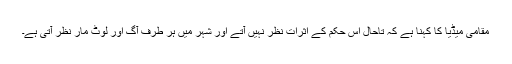
مقامی میڈیا کا کہنا ہے کہ تاحال اس حکم کے اثرات نظر نہیں آتے اور شہر میں ہر طرف آگ اور لوٹ مار نظر آتی ہے۔